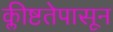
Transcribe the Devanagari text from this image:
क्लीष्टतेपासून